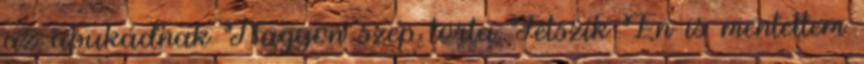
az apukádnak Nagyon szép torta Tetszik Én is mentettem